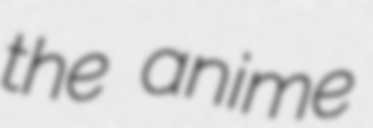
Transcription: the anime